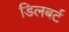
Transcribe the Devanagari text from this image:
डिलबर्ट